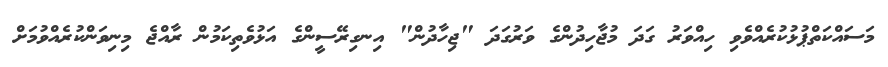
މަސައްކަތްޕުޅުކުރެއްވެވި ހިއްވަރު ގަދަ މުޖާހިދުންގެ ވަރުގަދަ "ޖިހާދުން" އިނގިރޭސީންގެ އަޅުވެތިކަމުން ރާއްޖެ މިނިވަންކުރެއްވުމަށް